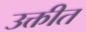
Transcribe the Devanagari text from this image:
उक्तीत